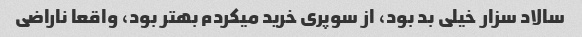
سالاد سزار خیلی بد بود، از سوپری خرید میکردم بهتر بود، واقعا ناراضی